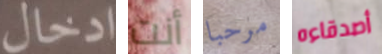
ادخال أنت مرحبا أصدقاءه